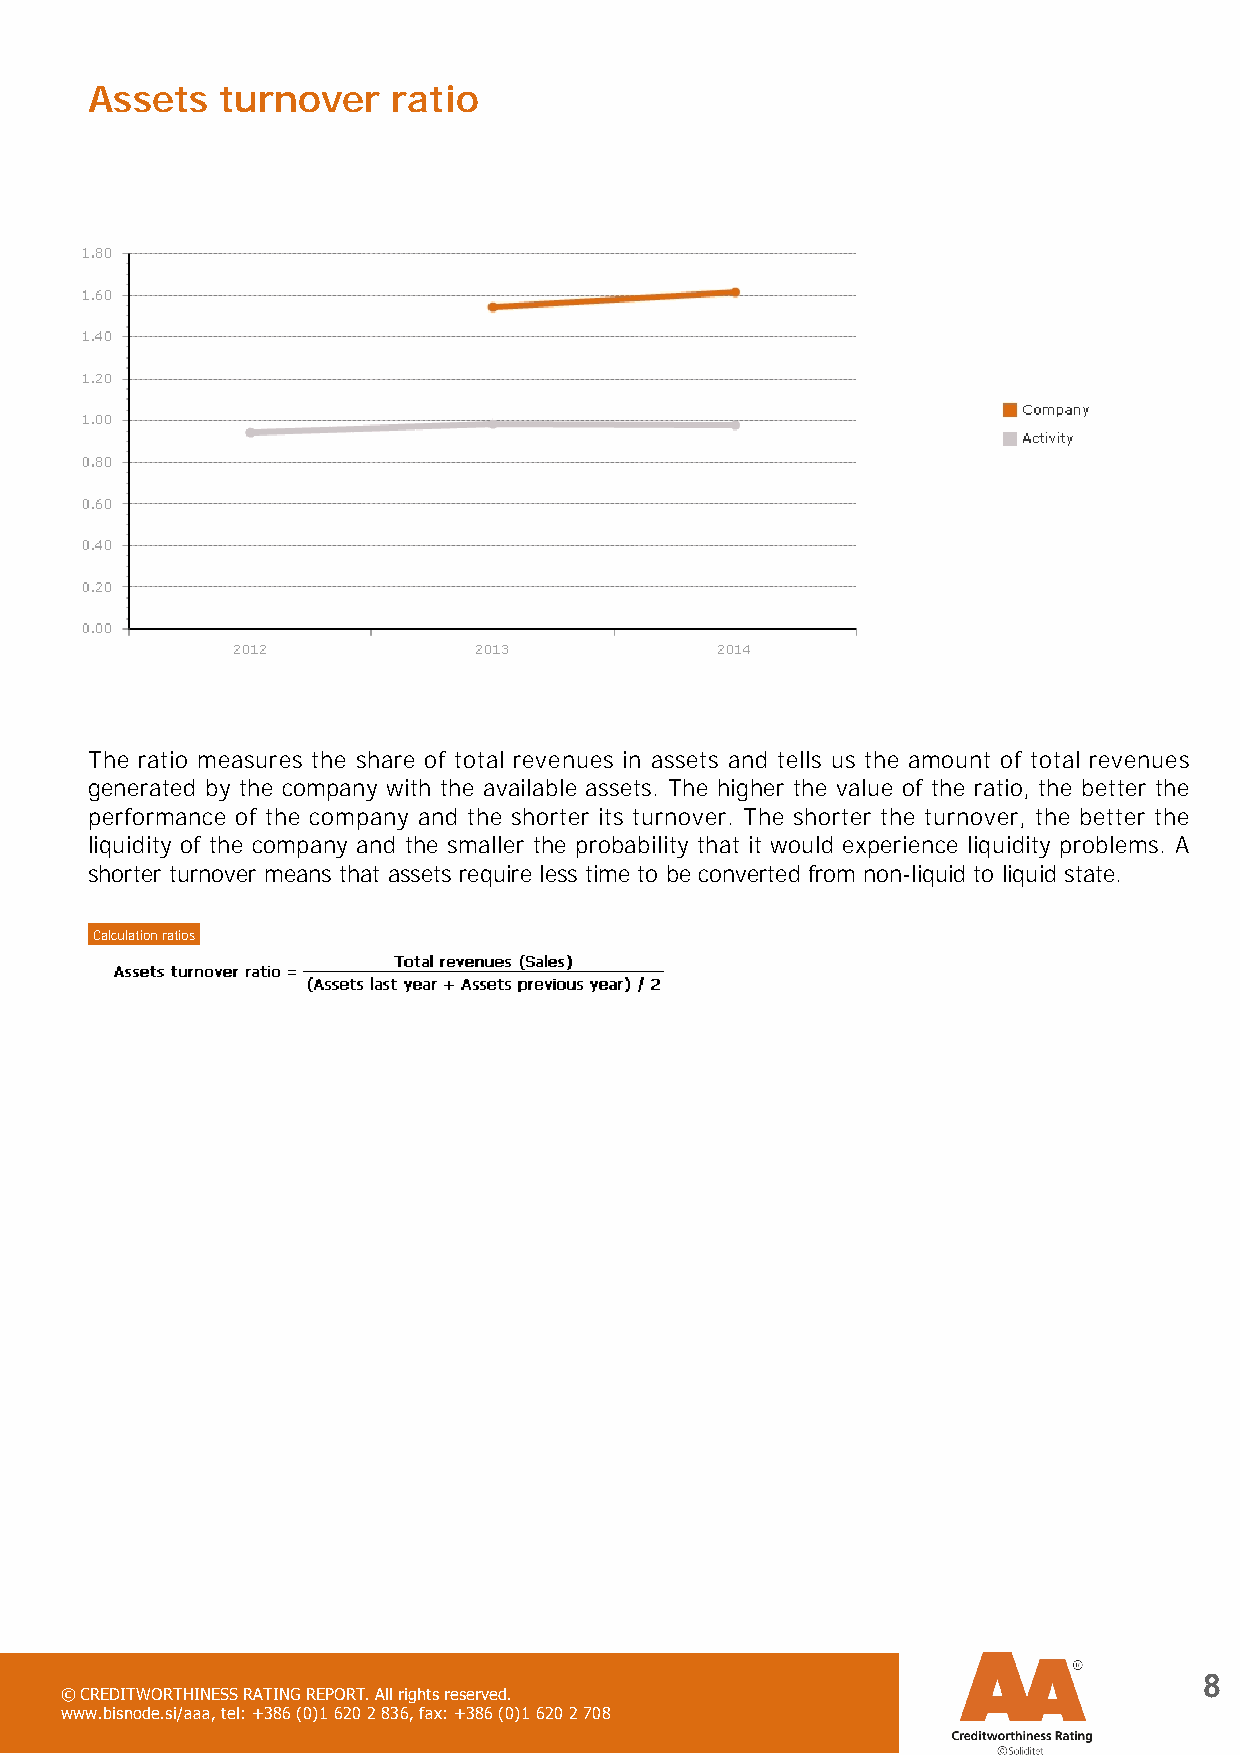
Assets  turnover    ratio
 The ratio measures the share of total revenues in assets and tells us the amount of total revenues
 generated by the company with the available assets. The higher the value of the ratio, the better the
 performance of the company and the shorter its turnover. The shorter the turnover, the better the
 liquidity of the company and the smaller the probability that it would experience liquidity problems. A
 shorter turnover means that assets require less time to be converted from non-liquid to liquid state.
 Calculation ratios
 8
 © CREDITWORTHINESS RATING REPORT. All rights reserved.
 www.bisnode.si/aaa, tel: +386 (0)1 620 2 836, fax: +386 (0)1 620 2 708